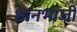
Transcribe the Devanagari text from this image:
धानभाजी